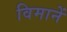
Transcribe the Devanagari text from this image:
विमानें